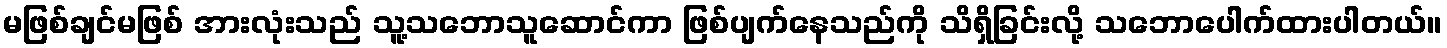
မဖြစ်ချင်မဖြစ် အားလုံးသည် သူ့သဘောသူဆောင်ကာ ဖြစ်ပျက်နေသည်ကို သိရှိခြင်းလို့ သဘောပေါက်ထားပါတယ်။